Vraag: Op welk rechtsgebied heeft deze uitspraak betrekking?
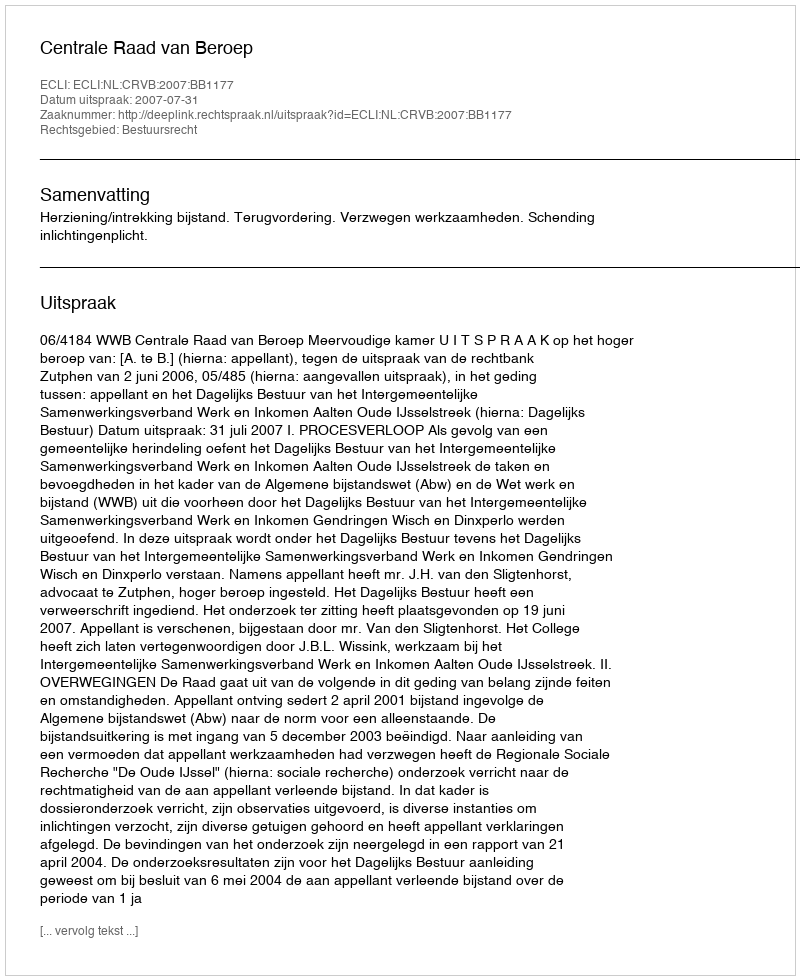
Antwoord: Bestuursrecht